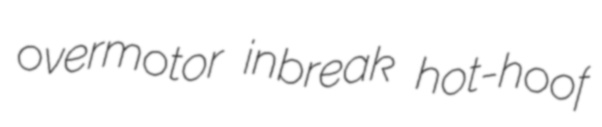
overmotor inbreak hot-hoof